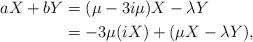
LaTeX: \begin{align*} a X + b Y &= (\mu - 3i \mu) X - \lambda Y \\ &= -3 \mu (i X) + (\mu X - \lambda Y) , \end{align*}